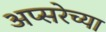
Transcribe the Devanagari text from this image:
अप्सरेच्या